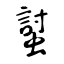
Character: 𧏛